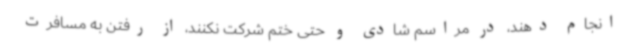
انجام دهند، در مراسم شادی و حتی ختم شرکت نکنند، از رفتن به مسافرت